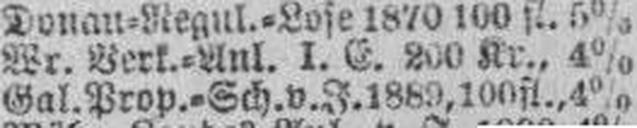
Gal. Prop.=Sch. v. J. 1889, 100 fl., 4%